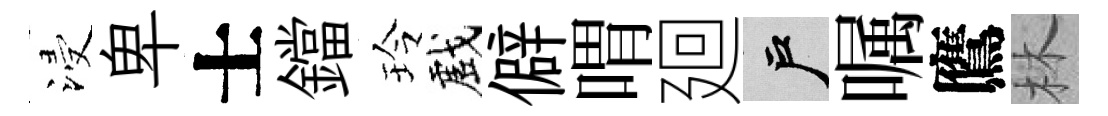
浸卑士鐺玲戲僻喟廻户嘱鷹林